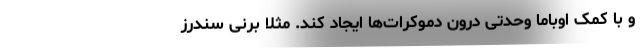
و با کمک اوباما وحدتی درون دموکرات‌ها ایجاد کند. مثلاً برنی سندرز